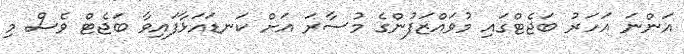
އަންނަ އަހަރު ބަޖެޓްގައި މުވައްޒަފުންގެ މުސާރަ އަށް ކަނޑައަޅާފައިވާ ބަޖެޓް ވެސް މި